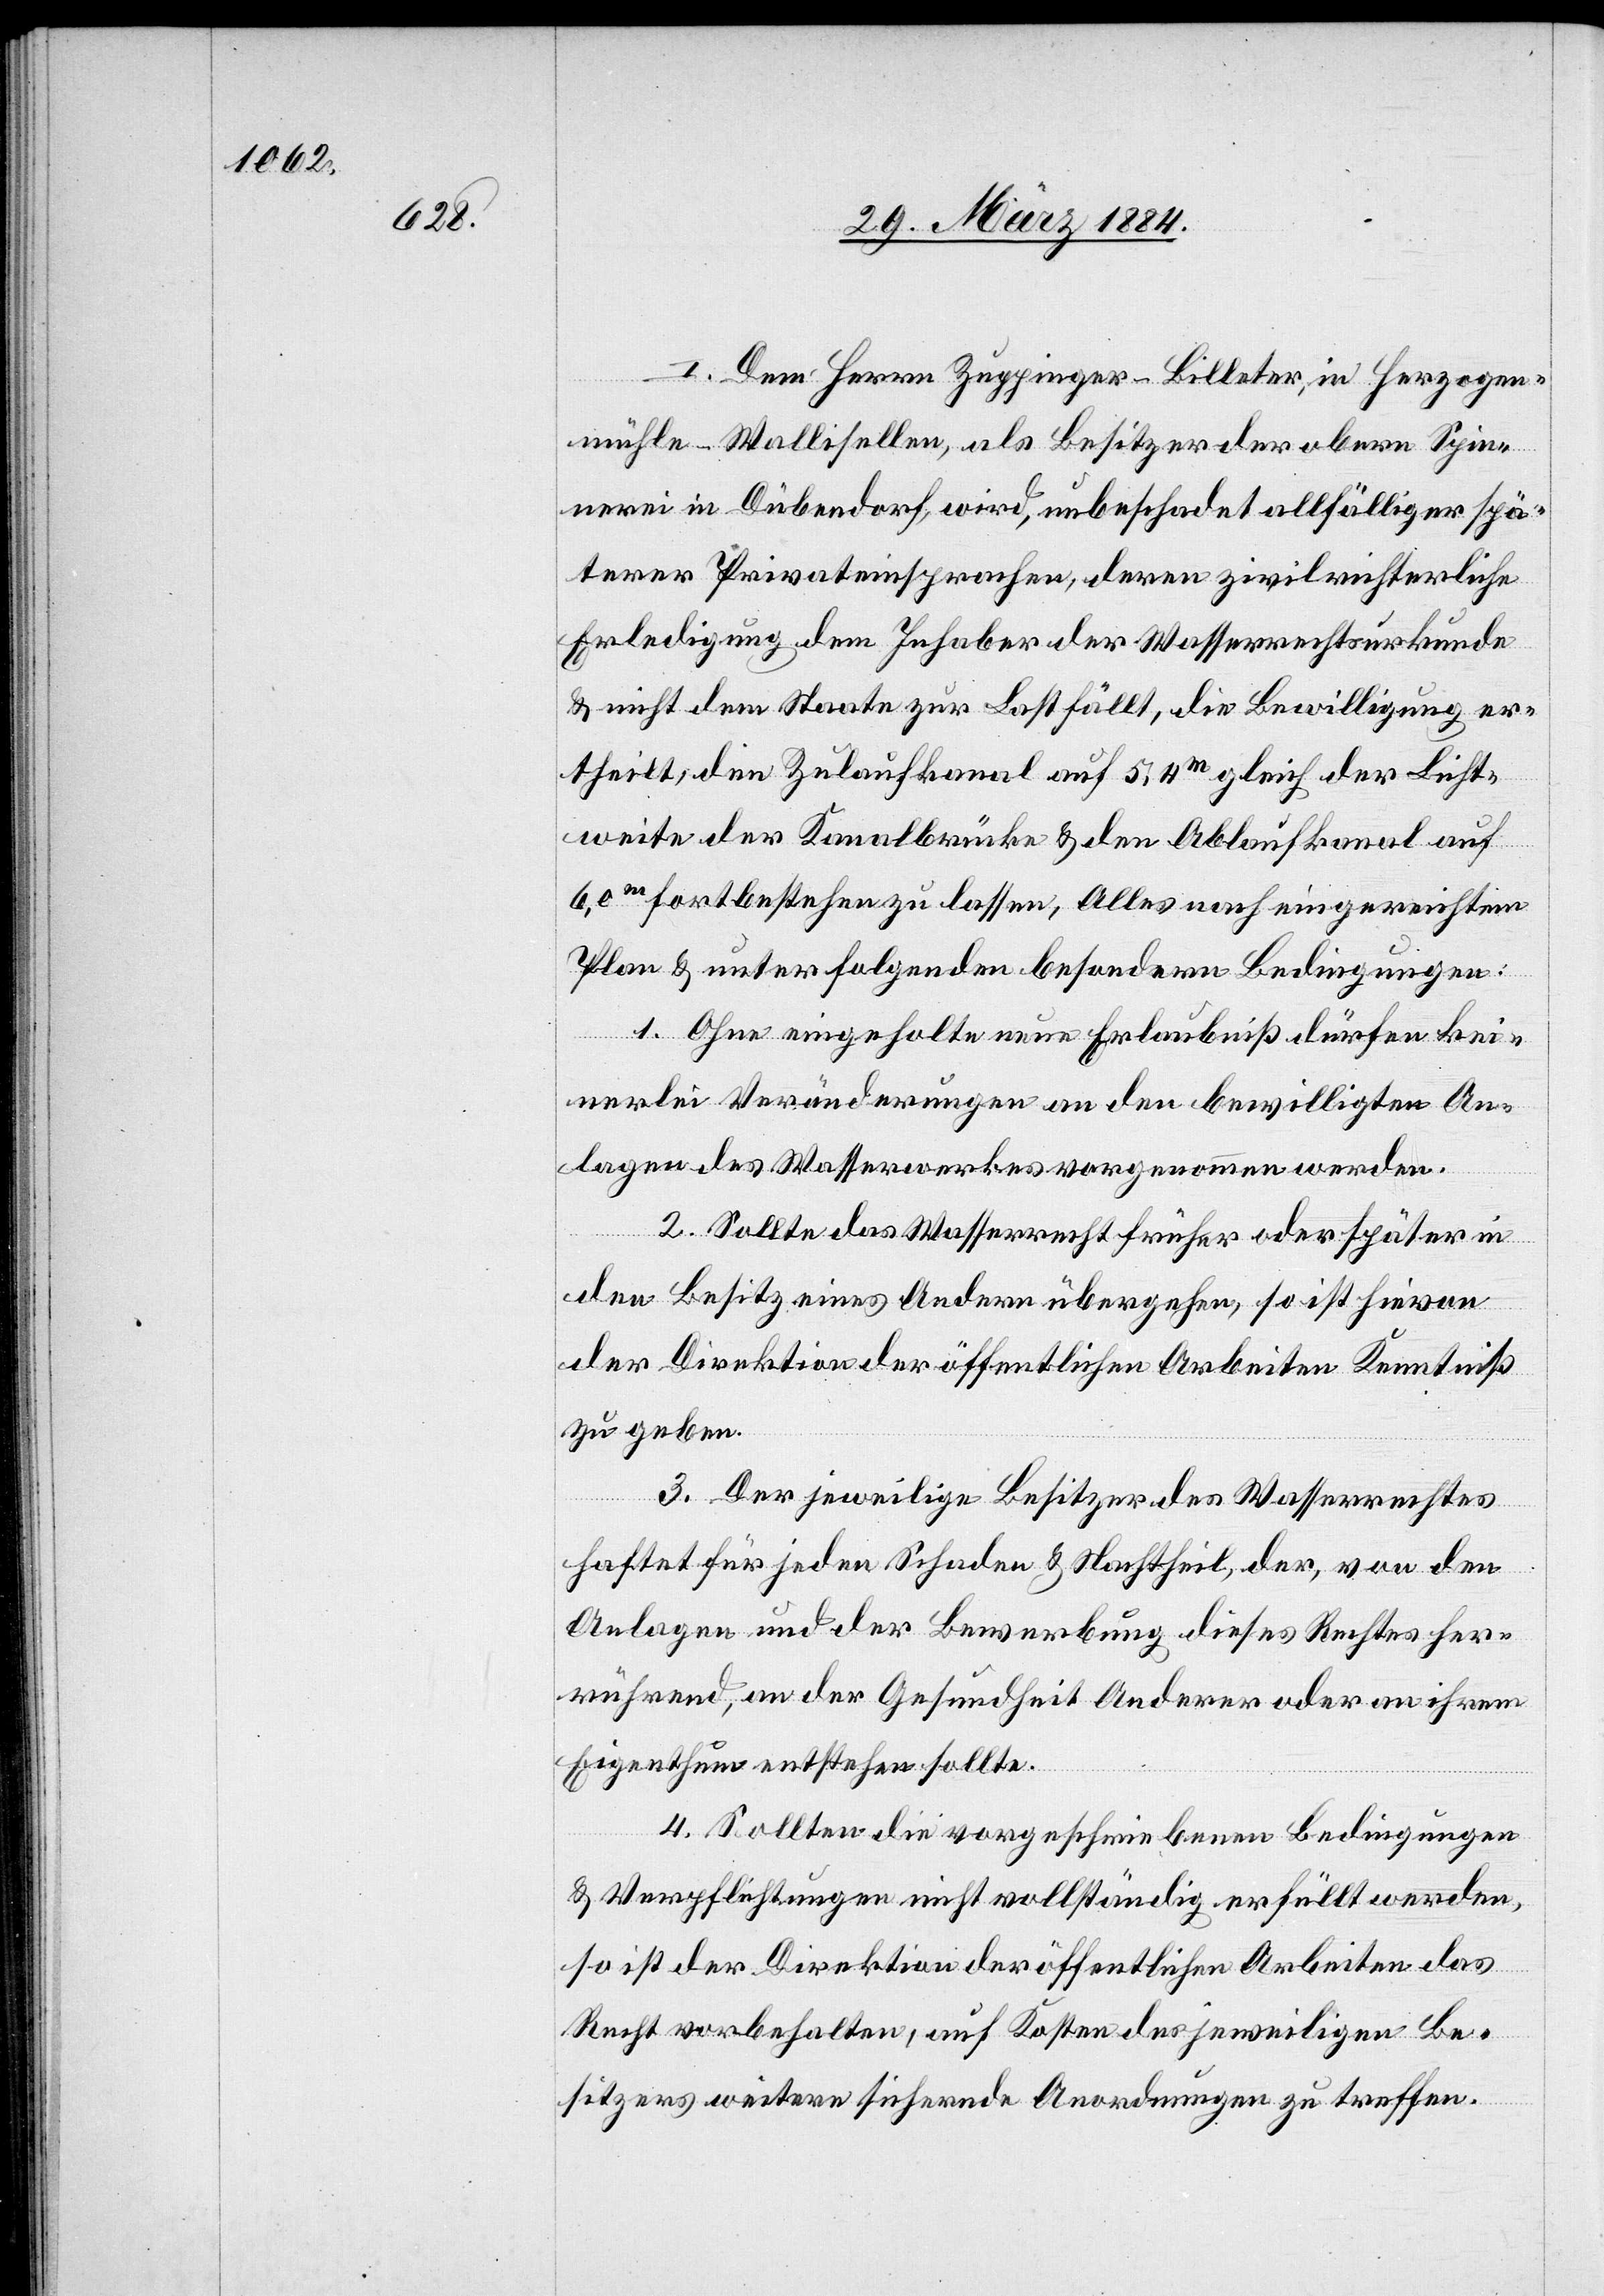
I. Dem Herrn Zuppinger-Billeter, in Herzogen¬
mühle - Wallisellen, als Besitzer der obern Spin¬
nerei in Dübendorf, wird, unbeschadet allfälliger spä¬
terer Privateinsprachen, deren zivilrichterliche
Erledigung dem Inhaber der Wasserrechtsurkunde
& nicht dem Staate zur Last fällt, die Bewilligung er¬
theilt, den Zulaufkanal auf 5,4m gleich der Licht¬
weite der Kanalbrücke & den Ablaufkanal auf
6,0m fortbestehen zu lassen, Alles nach eingereichtem
Plan & unter folgenden besondern Bedingungen:
1. Ohne eingeholte neue Erlaubniß dürfen kei¬
nerlei Veränderungen an den bewilligten An¬
lagen des Wasserwerkes vorgenommen werden.
2. Sollte das Wasserrecht früher oder später in
den Besitz eines Andern übergehen, so ist hievon
der Direktion der öffentlichen Arbeiten Kenntniß
zu geben.
3. Der jeweilige Besitzer des Wasserrechtes
haftet für jeden Schaden & Nachtheil, der, von den
Anlagen und der Bewerbung dieses Rechtes her¬
rührend, an der Gesundheit Anderer oder an ihrem
Eigenthum entstehen sollte.
4. Sollten die vorgeschriebenen Bedingungen
& Verpflichtungen nicht vollständig erfüllt werden,
so ist der Direktion der öffentlichen Arbeiten das
Recht vorbehalten, auf Kosten des jeweiligen Be¬
sitzers weitere sichernde Anordnungen zu treffen.